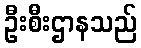
ဦးစီးဌာနသည်